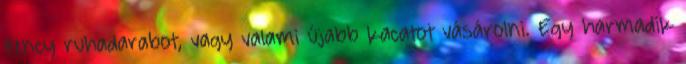
fency ruhadarabot, vagy valami újabb kacatot vásárolni. Egy harmadik